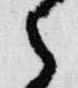
之